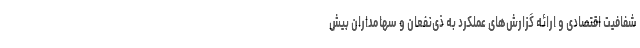
شفافیت اقتصادی و ارائه گزارش‌های عملکرد به ذی‌نفعان و سهامداران بیش